Vao_vallavalitsus, lk 8
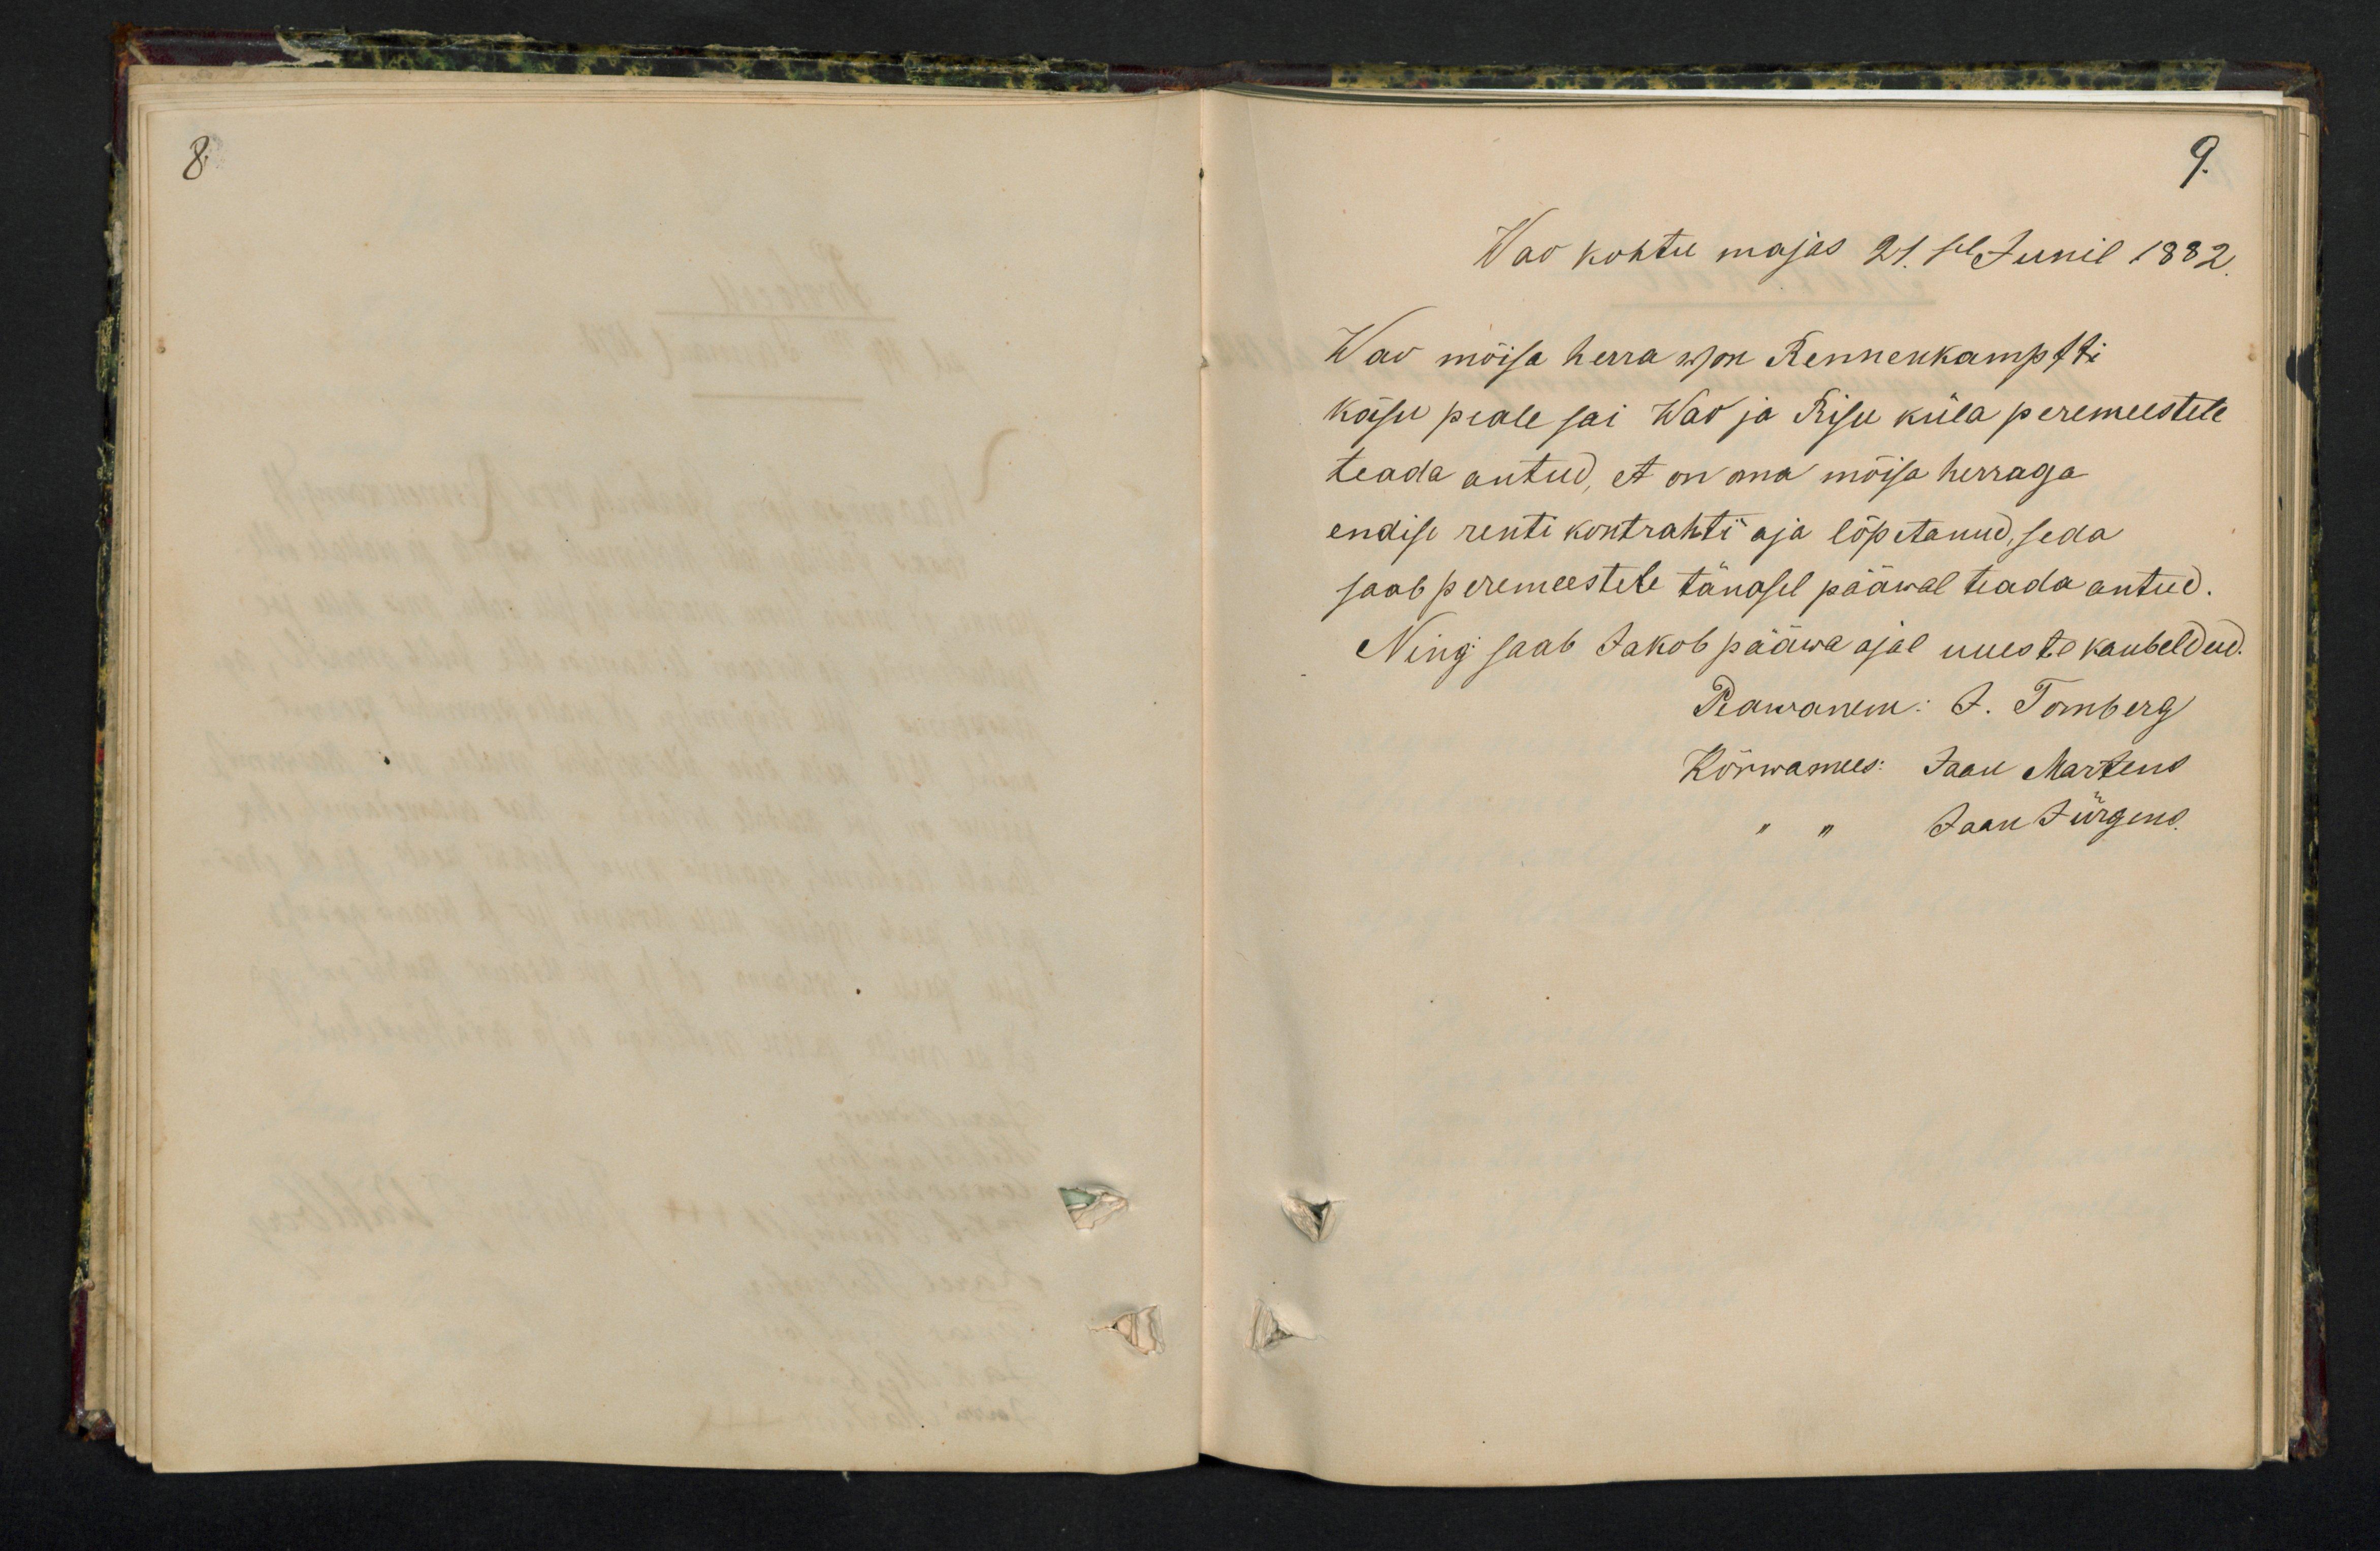
8.

9.
Wao kohtu majas 21.sel Junil 1882
Wao mõisa herra wjon Rennenkampffi
käsu peale sai Was ja Risu küla peremeestele
teada antud, et on oma mõisa herraga
endise renti kontrahti aja lõpetanud, seda
saab peremeestele tänasel pääwal teada antud.
Ning saab Jakob pääwa ajal uueste kaubeldud.
Peawanem: J. Tomberg
Kõrwamees: Jaan Martens
Jaan Jürgens.